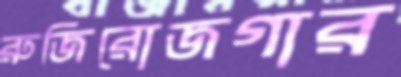
রুজিরোজগার